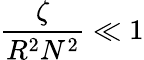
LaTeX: {\frac{\zeta}{R^{2}N^{2}}}\ll 1